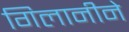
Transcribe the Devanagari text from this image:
गिलानीने